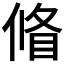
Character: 𠌪